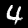
Digit: 4